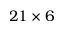
2 1 \times 6